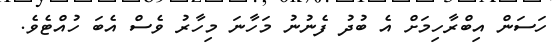
ހަސަން އިބްރާހިމަށް އެ ބުދު ފެނުނު މަހާނަ މިހާރު ވެސް އެބަ ހުއްޓެވެ.